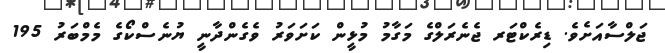
ޖަލްސާއަށެވެ. ޑިރެކްޓަރ ޖެނެރަލްގެ މަގާމު މުޅީން ކަށަވަރު ވެގެންދާނީ ޔުނެސްކޯގެ މެމްބަރު 195